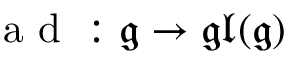
{ \textrm { a d } } : { \mathfrak { g } } \to { \mathfrak { g l } } ( { \mathfrak { g } } )